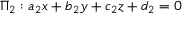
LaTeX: \Pi _ { 2 } : a _ { 2 } x + b _ { 2 } y + c _ { 2 } z + d _ { 2 } = 0